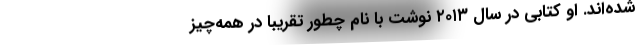
شده‌اند. او کتابی در سال ۲۰۱۳ نوشت با نامِ چطور تقریباً در همه‌چیز